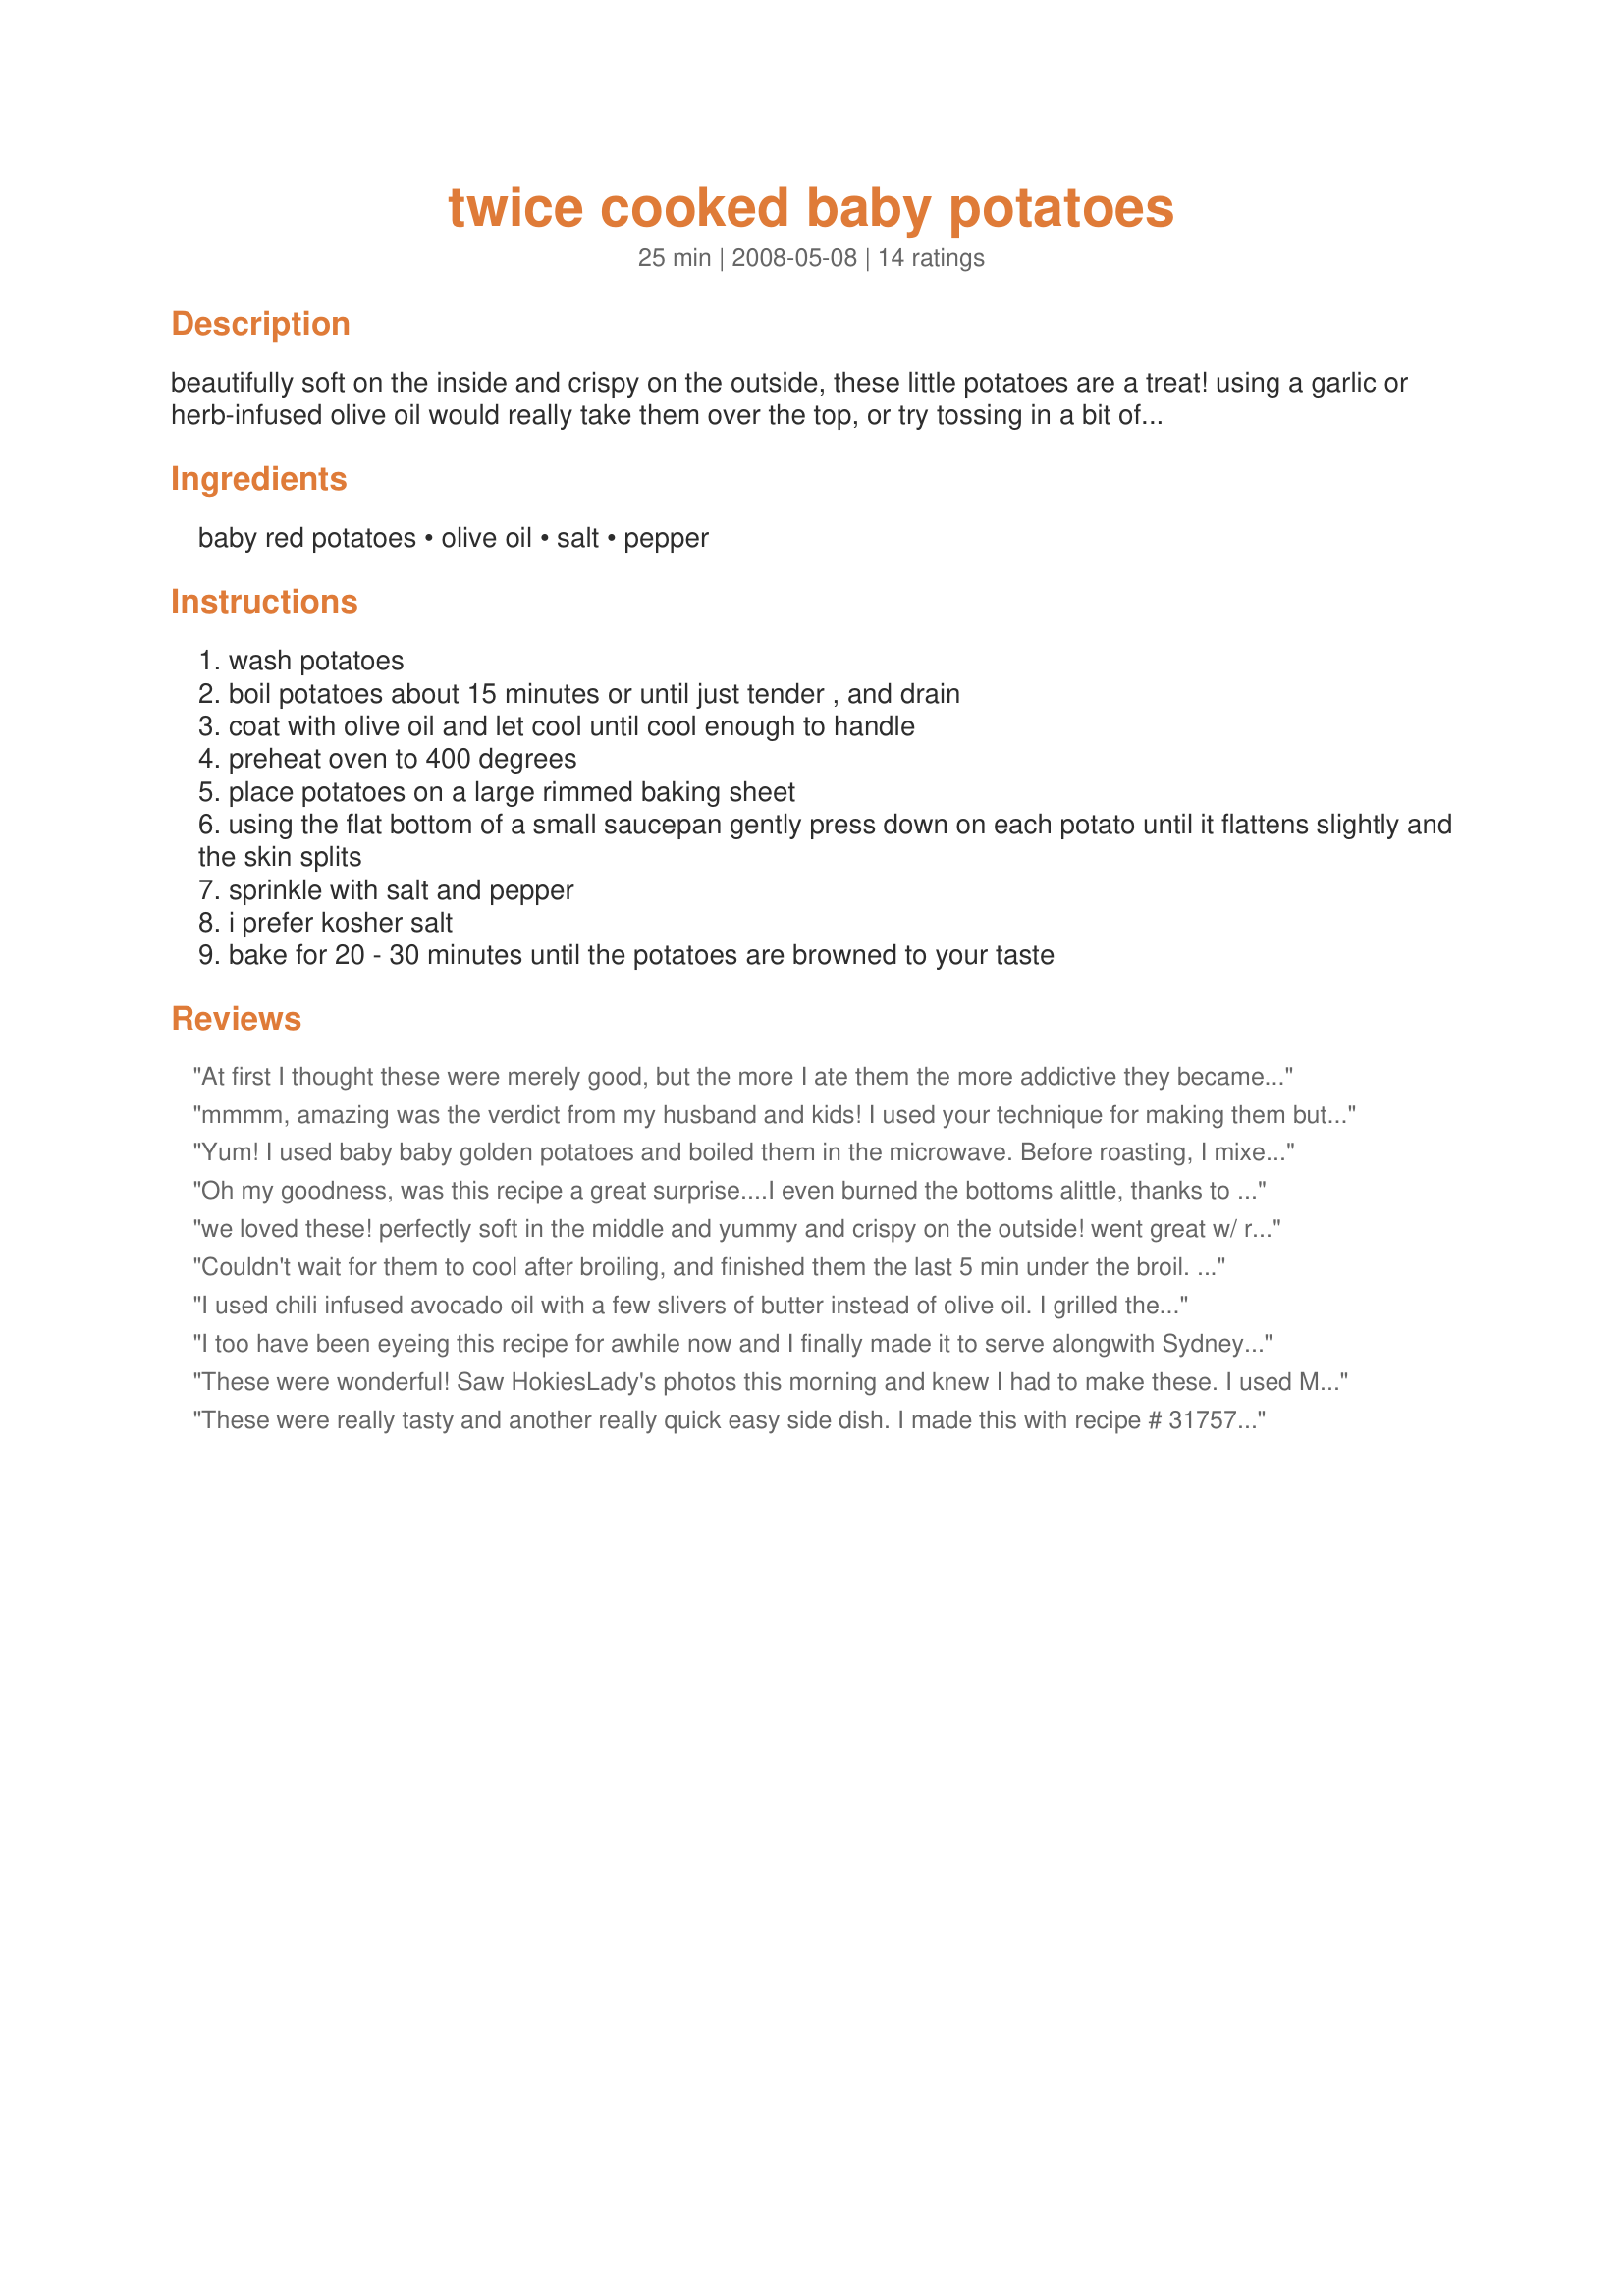
twice cooked baby potatoes
Preparation time: 25 minutes

beautifully soft on the inside and crispy on the outside, these little potatoes are a treat! using a garlic or herb-infused olive oil would really take them over the top, or try tossing in a bit of fresh herbs at the end. delicious!

Ingredients:
baby red potatoes, olive oil, salt, pepper

Steps:
wash potatoes
boil potatoes about 15 minutes or until just tender , and drain
coat with olive oil and let cool until cool enough to handle
preheat oven to 400 degrees
place potatoes on a large rimmed baking sheet
using the flat bottom of a small saucepan gently press down on each potato until it flattens slightly and the skin splits
sprinkle with salt and pepper
i prefer kosher salt
bake for 20 - 30 minutes until the potatoes are browned to your taste

Reviews:
At first I thought these were merely good, but the more I ate them the more addictive they became. I smashed them pretty flat and they got nice and crispy on the outside, tender and sweet on the inside. I will definitely make these again and again. I think next time I will toss them with the olive oil and seasonings after I smash them. Thank you for sharing this.
mmmm, amazing was the verdict from my husband and kids! I used your technique for making them but added Parmesan and some crushed garlic. I also cooked them longer in the oven to make them extra crispy as we like them, the middle was still nice and soft though. I don't buy baby potatoes often because they are so expensive compared to buying a big bag of Russets, but they are my hubby's favorite so when I found them cheaper than usual at Walmart I decided to treat him, and a treat it was! I used half Yellow and half Red, and I hope Walmart keeps them cheap because I think they are our new favorite potato dish!
Yum! I used baby baby golden potatoes and boiled them in the microwave. Before roasting, I mixed in the olive oil with fresh minced garlic, kosher salt, and pepper.
Oh my goodness, was this recipe a great surprise....I even burned the bottoms alittle, thanks to my better half coming home later than usual and me being on recipezaar and not paying attention...And still they were fabulous....a must try...I used small yukons...
we loved these! perfectly soft in the middle and yummy and crispy on the outside! went great w/ rib-eyes and sweet corn!
Couldn't wait for them to cool after broiling, and finished them the last 5 min under the broil. Very good.
I used chili infused avocado oil with a few slivers of butter instead of olive oil. I grilled them instead of baking since the potatoes were technically already cooked. I also added some dry Italian herbs after grilling. Yum!
I too have been eyeing this recipe for awhile now and I finally made it to serve alongwith Sydney Mike's Recipe #305800. We LOVED it! Even my very picky DD asked for 'one more'! I used sea salt and freshly ground pepper. Thank you, Cookin-jo, for sharing this wonderful recipe, this one is definitely a keeper! :)
These were wonderful! Saw HokiesLady's photos this morning and knew I had to make these. I used McCormick's garlic pepper seasoning on mine with kosher salt. Delicious!
Thanks for sharing the recipe! :)
These were really tasty and another really quick easy side dish. I made this with recipe # 317579 and it was a prefect compliment. I look forward to trying this with some gemstone potatoes. Thank you for posting such a great recipe.
This recipe was so good! I used 1.5 pounds of fingerling potatoes and they turned out perfectly. Also I used sea salt and omitted the pepper. My DH kept raving out them. Thanks for posting!
5 star all the way - Great tasting, attractive potato recipe. I used little new white potatoes, no olive oil - just a spray of "No Oil" and they browned beautifully Thanks Jo for a keeper
I loved the method for making these but mine didn't crisp up at all and I baked them for 30 minutes. Mine were also lacking in salt so next time I will add that with the olive oil so the potatoes are salted all over.
Jo - I have been eyeing this recipe since you first posted pictures in the Photo Forum and chose to make them as part of my Father's Day BBQ for the whole family. These were a HUGE hit! I quadrupled this recipe and followed your instructions to a tee! They came out perfect and had such great flavor. Thanks for sharing your recipe as these have already been requested by my family to be made again and soon! :D
